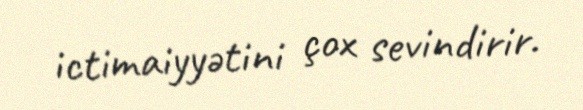
ictimaiyyətini çox sevindirir.